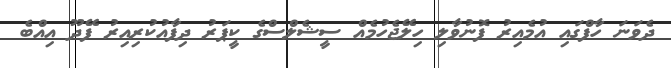
ދެވަނަ ހާފްގައި އުމެއިރު ފޮނުވާލި ހިލޭޖެހުމެއް ސީޝެލްސްގެ ކީޕަރު ދިފާއުކުރިއިރު ފޭދޫ އިއްބެ